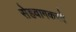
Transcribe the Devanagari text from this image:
सेहवागकरवे